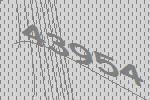
43954